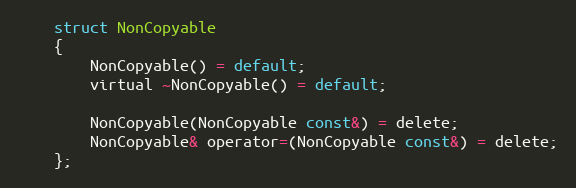
Language: C
    struct NonCopyable
    {
        NonCopyable() = default;
        virtual ~NonCopyable() = default;

        NonCopyable(NonCopyable const&) = delete;
        NonCopyable& operator=(NonCopyable const&) = delete;
    };